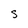
Character: s